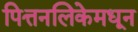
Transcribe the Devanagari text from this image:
पित्तनलिकेमधून